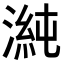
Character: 𭱴